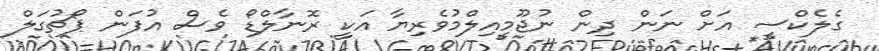
ގެލެކްސީ އަށް ނަން ދިން ނުޖޫމީއިލްމުވެރިޔާ އަކީ ރޮނާލްޑޯ ވެސް އުފަން ޕޯޗުގަލް